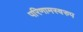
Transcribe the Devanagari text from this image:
परिणामस्‍वरुप